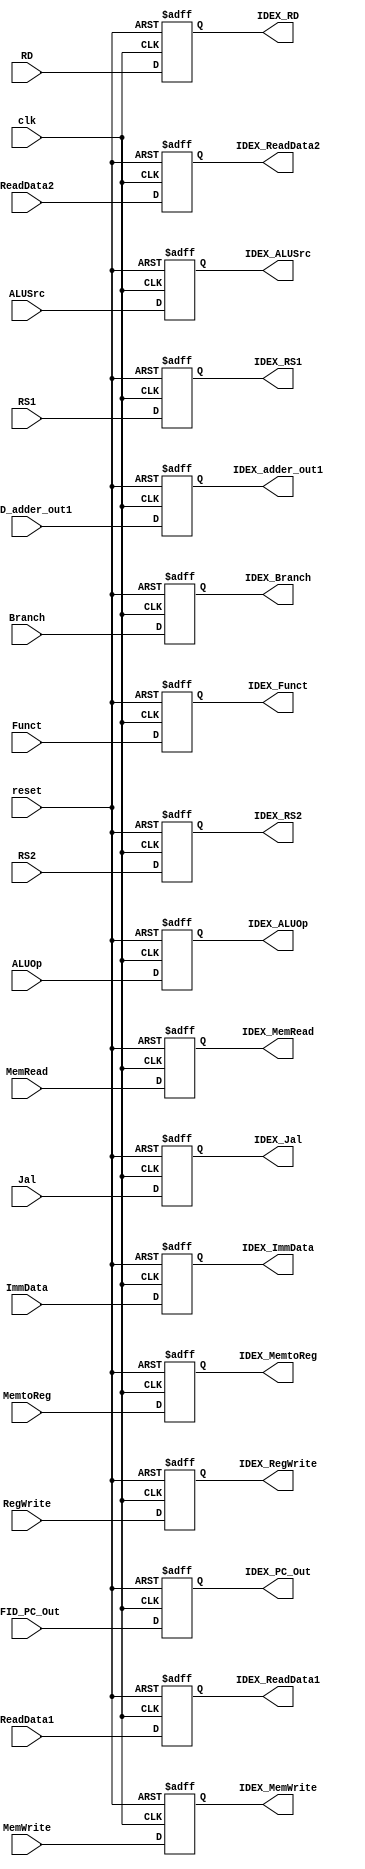
`timescale 1ns / 1ps
//////////////////////////////////////////////////////////////////////////////////
// Company: 
// Engineer: 
// 
// Design Name: 
// Module Name: ID_EX
// Project Name: 
// Target Devices: 
// Tool Versions: 
// Description: 
// 
// Dependencies: 
// 
// Revision:
// Revision 0.01 - File Created
// Additional Comments:
// 
//////////////////////////////////////////////////////////////////////////////////


module ID_EX(
    input clk, reset,
    input Branch, MemRead, MemWrite, MemtoReg, RegWrite, ALUSrc, Jal,
    input [1:0] ALUOp,
    input [3:0] Funct,
    input [4:0] RS1, RS2, RD,
    input [63:0] IFID_PC_Out, ReadData1, ReadData2, ImmData, IFID_adder_out1,
    output reg IDEX_Branch, IDEX_MemRead, IDEX_MemWrite, IDEX_MemtoReg, IDEX_RegWrite, IDEX_ALUSrc, IDEX_Jal,
    output reg [1:0] IDEX_ALUOp,
    output reg [3:0] IDEX_Funct,
    output reg [4:0] IDEX_RS1, IDEX_RS2, IDEX_RD,
    output reg [63:0] IDEX_PC_Out, IDEX_ReadData1, IDEX_ReadData2, IDEX_ImmData, IDEX_adder_out1
);
always @(posedge clk or posedge reset) begin
    if (reset == 1'b1) begin
        IDEX_Branch = 0; 
        IDEX_MemRead = 0; 
        IDEX_MemWrite = 0;
        IDEX_MemtoReg = 0; 
        IDEX_RegWrite = 0; 
        IDEX_ALUSrc = 0;
        IDEX_Jal = 0;
        IDEX_ALUOp = 0; 
        IDEX_Funct = 0; 
        IDEX_RS1 = 0; 
        IDEX_RS2 = 0; 
        IDEX_RD = 0;
        IDEX_PC_Out = 0; 
        IDEX_ReadData1 = 0; 
        IDEX_ReadData2 = 0; 
        IDEX_ImmData = 0;
        IDEX_adder_out1 = 0;
    end
    else if(clk==1'b1) begin
        IDEX_Branch = Branch; 
        IDEX_MemRead = MemRead; 
        IDEX_MemWrite = MemWrite;
        IDEX_MemtoReg = MemtoReg; 
        IDEX_RegWrite = RegWrite; 
        IDEX_ALUSrc = ALUSrc;
        IDEX_Jal = Jal;
        IDEX_ALUOp = ALUOp; 
        IDEX_Funct = Funct; 
        IDEX_RS1 = RS1; 
        IDEX_RS2 = RS2; 
        IDEX_RD = RD;
        IDEX_PC_Out = IFID_PC_Out; 
        IDEX_ReadData1 = ReadData1; 
        IDEX_ReadData2 = ReadData2; 
        IDEX_ImmData = ImmData;   
        IDEX_adder_out1 = IFID_adder_out1;
    end 
end
endmodule